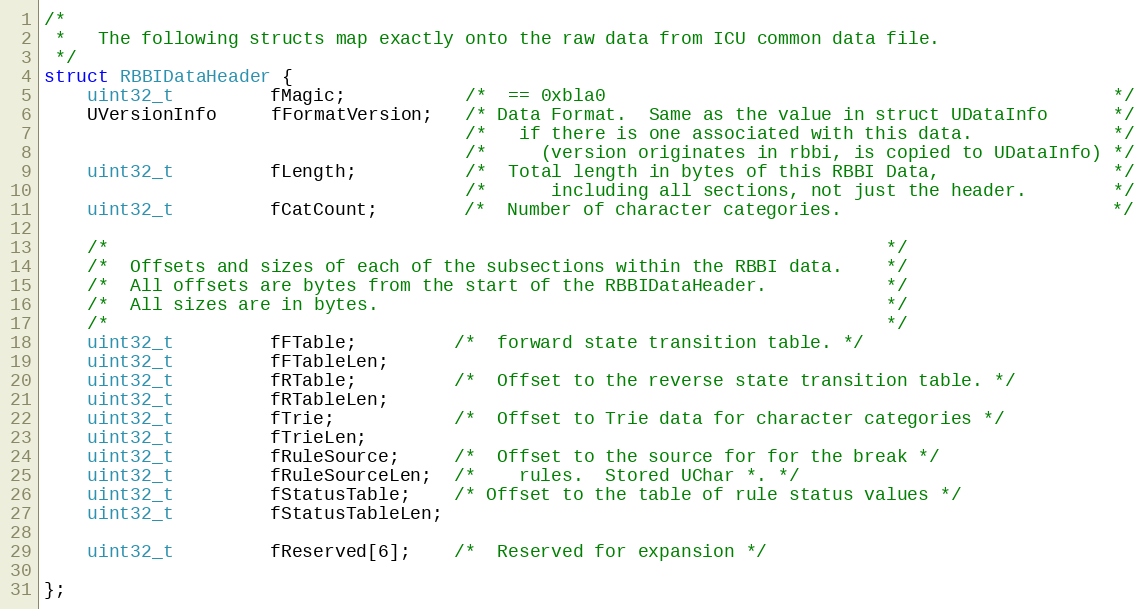
Language: C
/*
 *   The following structs map exactly onto the raw data from ICU common data file.
 */
struct RBBIDataHeader {
    uint32_t         fMagic;           /*  == 0xbla0                                               */
    UVersionInfo     fFormatVersion;   /* Data Format.  Same as the value in struct UDataInfo      */
                                       /*   if there is one associated with this data.             */
                                       /*     (version originates in rbbi, is copied to UDataInfo) */
    uint32_t         fLength;          /*  Total length in bytes of this RBBI Data,                */
                                       /*      including all sections, not just the header.        */
    uint32_t         fCatCount;        /*  Number of character categories.                         */

    /*                                                                        */
    /*  Offsets and sizes of each of the subsections within the RBBI data.    */
    /*  All offsets are bytes from the start of the RBBIDataHeader.           */
    /*  All sizes are in bytes.                                               */
    /*                                                                        */
    uint32_t         fFTable;         /*  forward state transition table. */
    uint32_t         fFTableLen;
    uint32_t         fRTable;         /*  Offset to the reverse state transition table. */
    uint32_t         fRTableLen;
    uint32_t         fTrie;           /*  Offset to Trie data for character categories */
    uint32_t         fTrieLen;
    uint32_t         fRuleSource;     /*  Offset to the source for for the break */
    uint32_t         fRuleSourceLen;  /*    rules.  Stored UChar *. */
    uint32_t         fStatusTable;    /* Offset to the table of rule status values */
    uint32_t         fStatusTableLen;

    uint32_t         fReserved[6];    /*  Reserved for expansion */

};